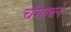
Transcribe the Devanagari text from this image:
चंगाब्ले